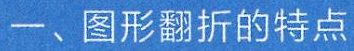
一、图形翻折的特点